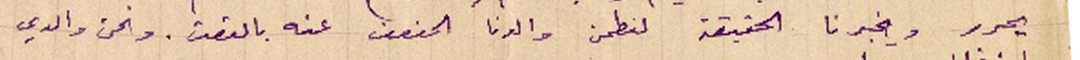
يحرر ويخبرنا الحقيقة لنطمن والدنا الحنون عنه بالوقت. ونحن والدي